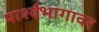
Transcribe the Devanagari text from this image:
पार्श्वभागावर